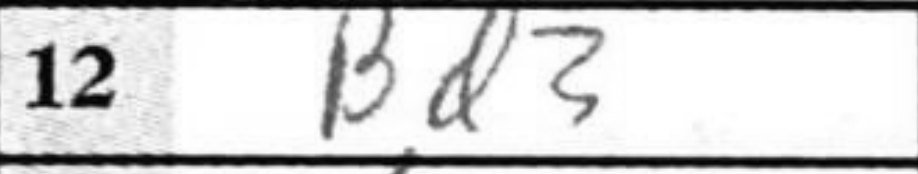
Transcription: Bd3